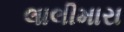
લાલીમારા